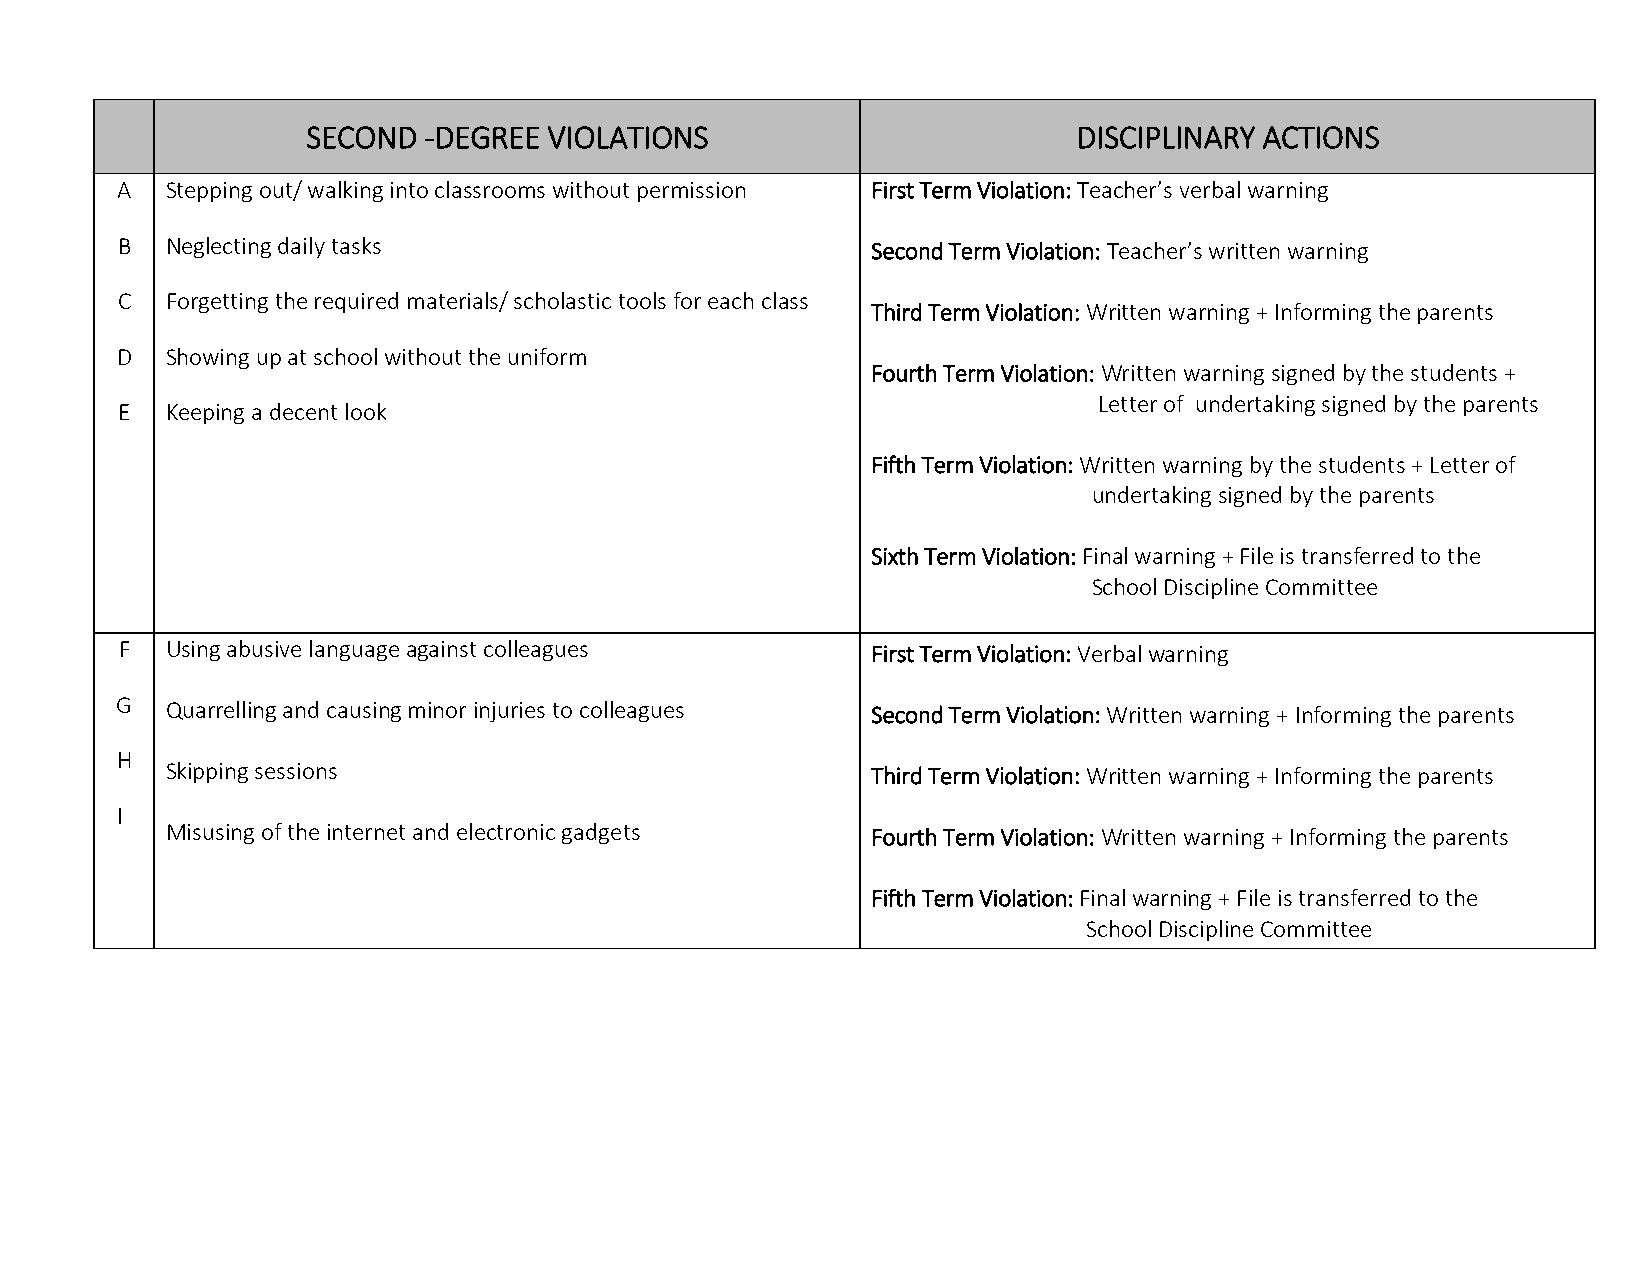
SECOND  -DEGREE VIOLATIONS                         DISCIPLINARY ACTIONS
 A  Stepping out/ walking into classrooms without permission First Term Violation: Teacher’s verbal warning
 B  Neglecting daily tasks                         Second Term Violation: Teacher’s written warning
 C  Forgetting the required materials/ scholastic tools for each class
 Third Term Violation: Written warning + Informing the parents
 D  Showing up at school without the uniform
 Fourth Term Violation: Written warning signed by the students +
 Letter of undertaking signed by the parents
 E  Keeping a decent look
 Fifth Term Violation: Written warning by the students + Letter of
 undertaking signed by the parents
 Sixth Term Violation: Final warning + File is transferred to the
 School Discipline Committee
 F  Using abusive language against colleagues      First Term Violation: Verbal warning
 G  Quarrelling and causing minor injuries to colleagues Second Term Violation: Written warning + Informing the parents
 H
 Skipping sessions                              Third Term Violation: Written warning + Informing the parents
 I
 Misusing of the internet and electronic gadgets Fourth Term Violation: Written warning + Informing the parents
 Fifth Term Violation: Final warning + File is transferred to the
 School Discipline Committee